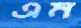
এম